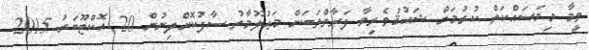
ވީމާ މިމަސައްކަތް ކުރުމަށް ޝައުޤުވެރިވާ ފަރާތްތަކަށް މަޢުލޫމާތު ސާފުކޮށްދިނުން 20 އޮކްޓޫބަރު 2015